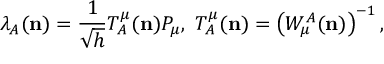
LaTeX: { } \lambda _ { A } ( { \bf n } ) = \frac { 1 } { \sqrt { h } } T _ { A } ^ { \mu } ( { \bf n } ) P _ { \mu } , \ T _ { A } ^ { \mu } ( { \bf n } ) = \left( W _ { \mu } ^ { A } ( { \bf n } ) \right) ^ { - 1 } ,